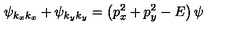
\psi _ { k _ { x } k _ { x } } + \psi _ { k _ { y } k _ { y } } = \left( p _ { x } ^ { 2 } + p _ { y } ^ { 2 } - E \right) \psi